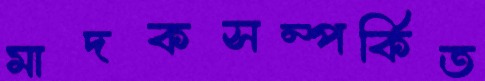
মাদকসম্পর্কিত